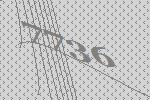
7736